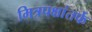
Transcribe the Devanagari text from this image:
मित्रपक्षांतर्फे